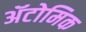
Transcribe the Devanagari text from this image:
ॲटोमिक